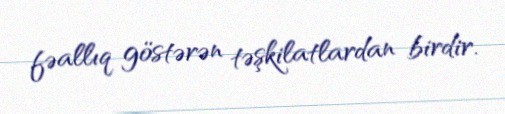
fəallıq göstərən təşkilatlardan birdir.